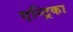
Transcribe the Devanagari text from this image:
एन्ट्रिका